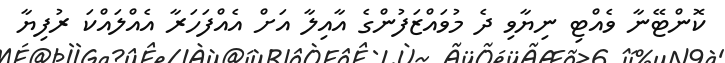
ކޮންޓޭނާ ވެއްޓި ނިޔާވި ދެ މުވައްޒަފުންގެ އާއިލާ އަށް އެއްފަހަރާ އެއްލައްކަ ރުފިޔާ